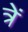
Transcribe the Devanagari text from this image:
त्रें